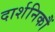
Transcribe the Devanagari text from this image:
दार्शनिकौं